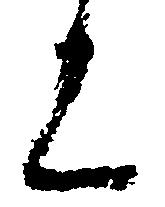
候